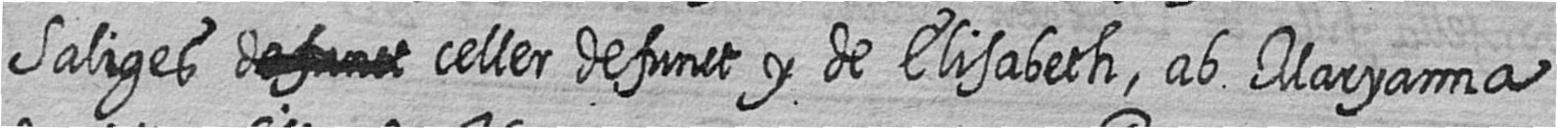
Saliges # celler defunct y de Elisabeth ab Maryanna